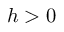
h > 0